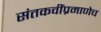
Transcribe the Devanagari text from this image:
संतकवींप्रमाणेच